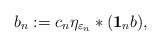
LaTeX: \begin{align*}b_n:= c_n \eta_{\varepsilon_n} \ast (\mathbf{1}_n b), \end{align*}